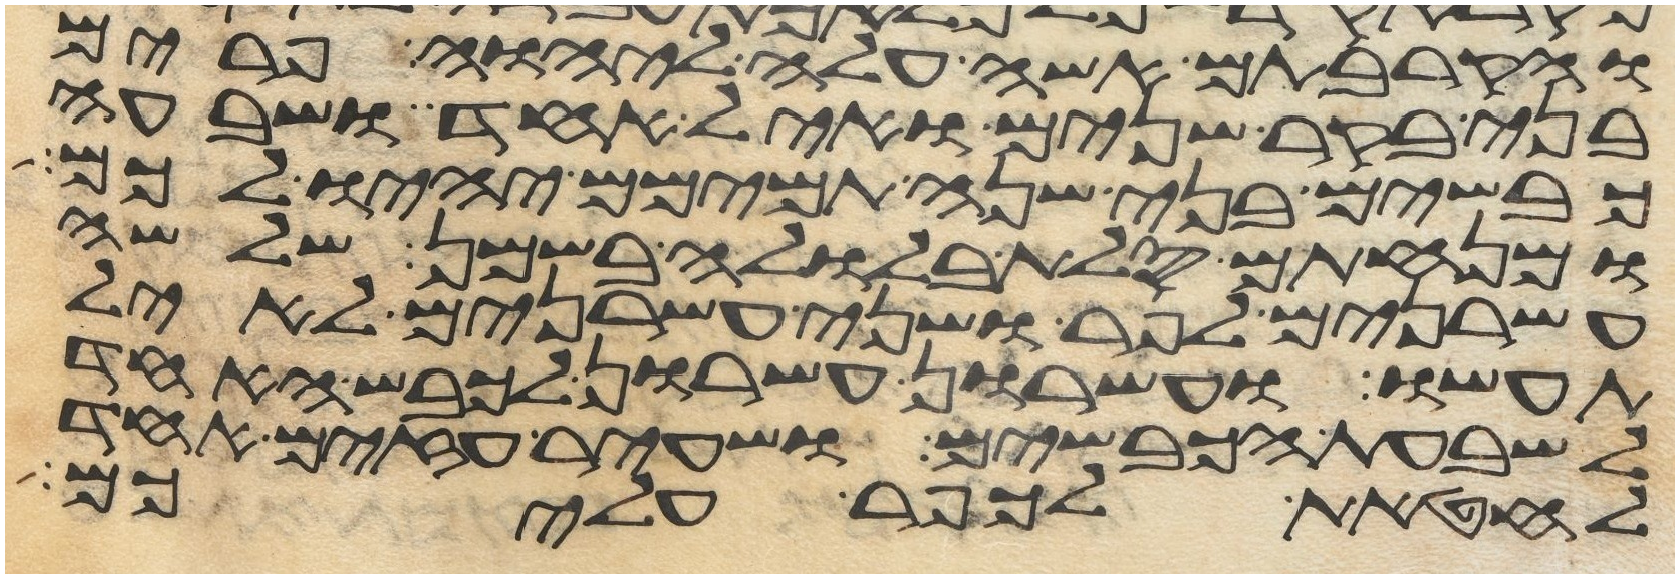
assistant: והקרבתם אשה עלה ליהוה פרים
בני בקר שנים ואיל אחד ושבעה
כבשים בני שנה תמימם יהיו לכם
ומנחתם סלת בלולה בשמן שלשה
עשרנים לפר ושני עשרנים לאיל
תעשו ועשרון עשרון לכבש האחד
לשבעת הכבשים ושעיר עזים אחד
לחטאת לכפר עליכם